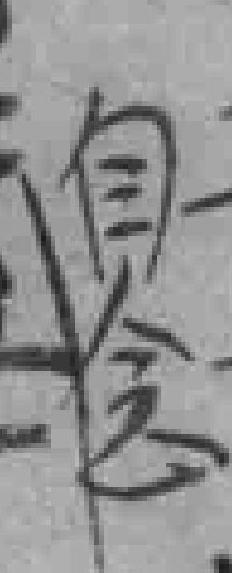
自念